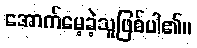
အောက်မေ့ခဲ့သူဖြစ်ပါ၏။